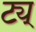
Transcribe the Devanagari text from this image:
ट्य्